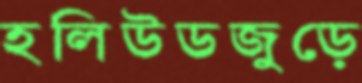
হলিউডজুড়ে